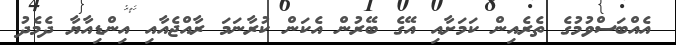
އެއްބަސްވުމުގެ ތެރެއިން ކަމަށާއި އޭގެ ބޭރުން އެކަން ކުރާނަމަ ރާއްޖެއާއި އިންޑިއާޔާ ދެމެދު